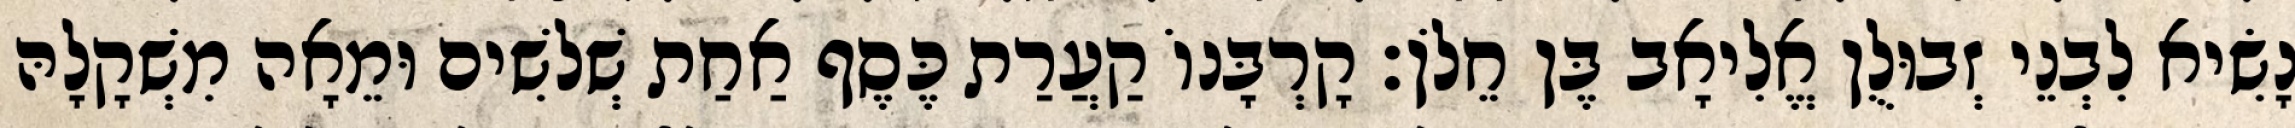
נָשִׂיא לִבְנֵי זְבוּלֻן אֱלִיאָב בֶּן חֵלֹן׃ קָרְבָּנוֹ קַעֲרַת כֶּסֶף אַחַת שְׁלשִׁים וּמֵאָה מִשְׁקָלָהּ